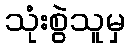
သုံးစွဲသူမှ